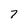
Character: 7